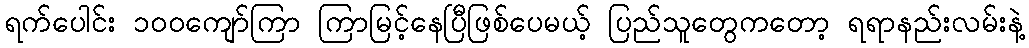
ရက်ပေါင်း ၁၀၀ကျော်ကြာ ကြာမြင့်နေပြီဖြစ်ပေမယ့် ပြည်သူတွေကတော့ ရရာနည်းလမ်းနဲ့